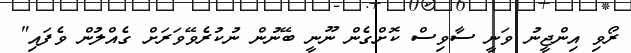
ރޯވި އިންޖީނު ވަނީ ސާވިސް ކޮށްގެން ނޫނީ ބޭނުން ނުކުރެވޭވަރަށް ގެއްލުން ވެފައި"